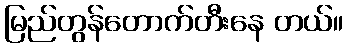
မြည်တွန်တောက်တီးနေ တယ်။